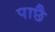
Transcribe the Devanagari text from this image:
पाछै